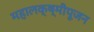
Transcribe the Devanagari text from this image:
महालक्ष्मीपूजन